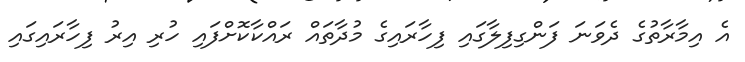
އެ އިމާރާތުގެ ދެވަނަ ފަންގިފިލާގައި ފިހާރައިގެ މުދާތައް ރައްކާކޮށްފައި ހުރި އިރު ފިހާރައިގައި